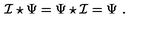
\mathcal { I } \star \Psi = \Psi \star \mathcal { I } = \Psi \ .